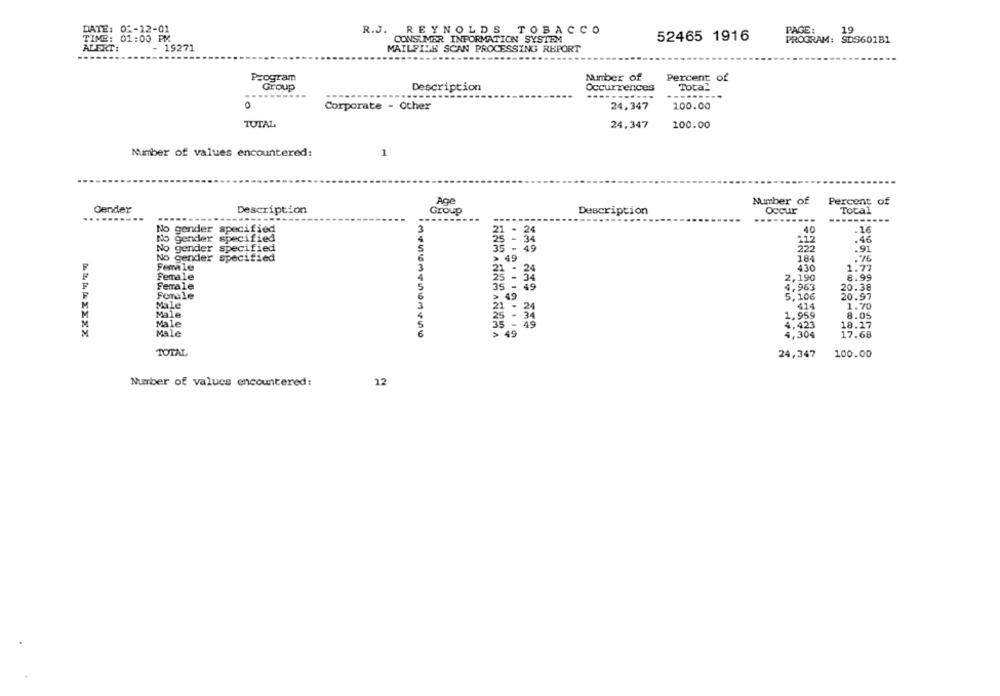
19
DATE: 0 :- 12-01
R.J. REYNOLDS TOBACCO
PAGE :
TIME: 01:00 PM
CONSUMER INFORMATION SYSTEM
52465 1916
PROGRAM: SDS601B1
ALERT:
- 19271
MAILFILE SCAN PROCESSING REPORT
Program
Number of
Percent of
Group
Description
Occurrences
Tota_
----------
0
100.00
Corporate - Other
24,347
TOTAL
24.347
100.00
Number of values encountered:
1
Age
Number of
Percent of
Gender
Total
Description
Group
Description
Occur
.....
--------
---
No gender specified
40
.16
No gender specified
34
212
.46
No gender specified
49
.91
No gender specified
49
184
Female
24
430
1.77
Female
54
2,190
8.99
Female
4,963
20.38
49
Female
49
5,106
20.97
M
Male
414
1.70
Male
34
1,959
8.05
Male
4,423
18.17
Male
49
4,304
17.68
TOTAL
24,347
100.00
Number of values encountered:
12